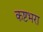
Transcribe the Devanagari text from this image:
कष्टभरा